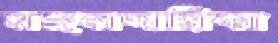
মঙ্গলদায়িকা